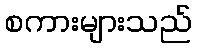
စကားများသည်